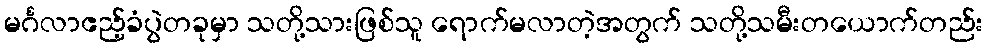
မင်္ဂလာဧည့်ခံပွဲတခုမှာ သတို့သားဖြစ်သူ ရောက်မလာတဲ့အတွက် သတို့သမီးတယောက်တည်း